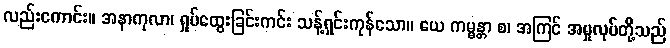
လည်းကောင်း။ အနာကုလာ၊ ရှုပ်ထွေးခြင်းကင်း သန့်ရှင်းကုန်သော။ ယေ ကမ္မန္တာ စ၊ အကြင် အမှုလုပ်တို့သည်